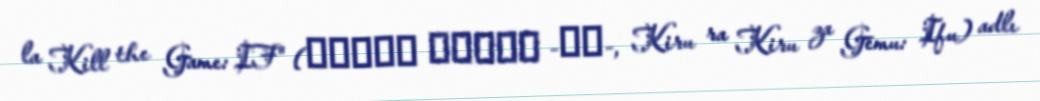
la Kill the Game: IF" (キルラキル ザ・ゲーム -異布-, Kiru ra Kiru za Gēmu: Ifu) adlı